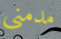
مدمني